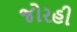
જોરહી